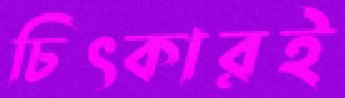
চিৎকারই